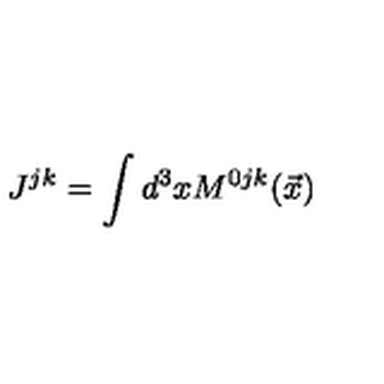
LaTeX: J ^ { j k } = \int d ^ { 3 } x M ^ { 0 j k } ( \vec { x } )